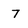
Character: 7